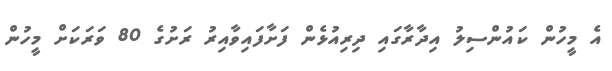
އެ މީހުން ކައުންސިލު އިދާރާގައި ދިރިއުޅެން ފަށާފައިވާއިރު ރަށުގެ 80 ވަރަކަށް މީހުން